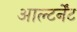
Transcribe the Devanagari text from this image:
आल्टर्नेंट